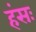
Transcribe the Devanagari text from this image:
हंसः